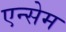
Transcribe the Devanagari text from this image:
एन्सेम